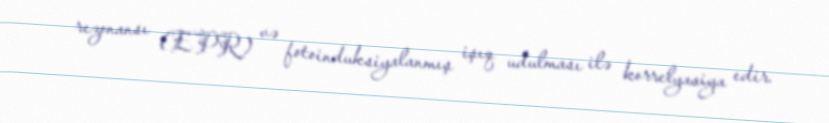
rezonansı (EPR) və fotoinduksiyalanmış işıq udulması ilə korrelyasiya edir.